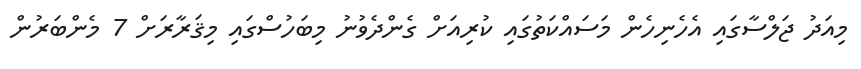
މިއަދު ޖަލްސާގައި އެހެނިހެން މަސައްކަތުގައި ކުރިއަށް ގެންދެވުނު މިބަހުސްގައި މިޤަރާރަށް 7 މެންބަރުން